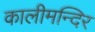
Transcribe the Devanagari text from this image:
कालीमन्दिर